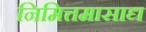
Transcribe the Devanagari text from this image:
निमित्तमासाद्य